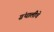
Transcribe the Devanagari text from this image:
ग्रंथालीचे